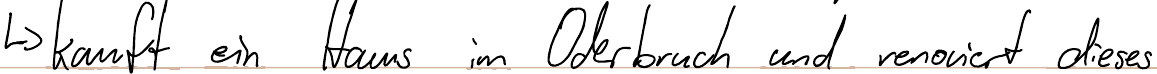
-> kauft ein Haus im Oderbruch und renoviert dieses